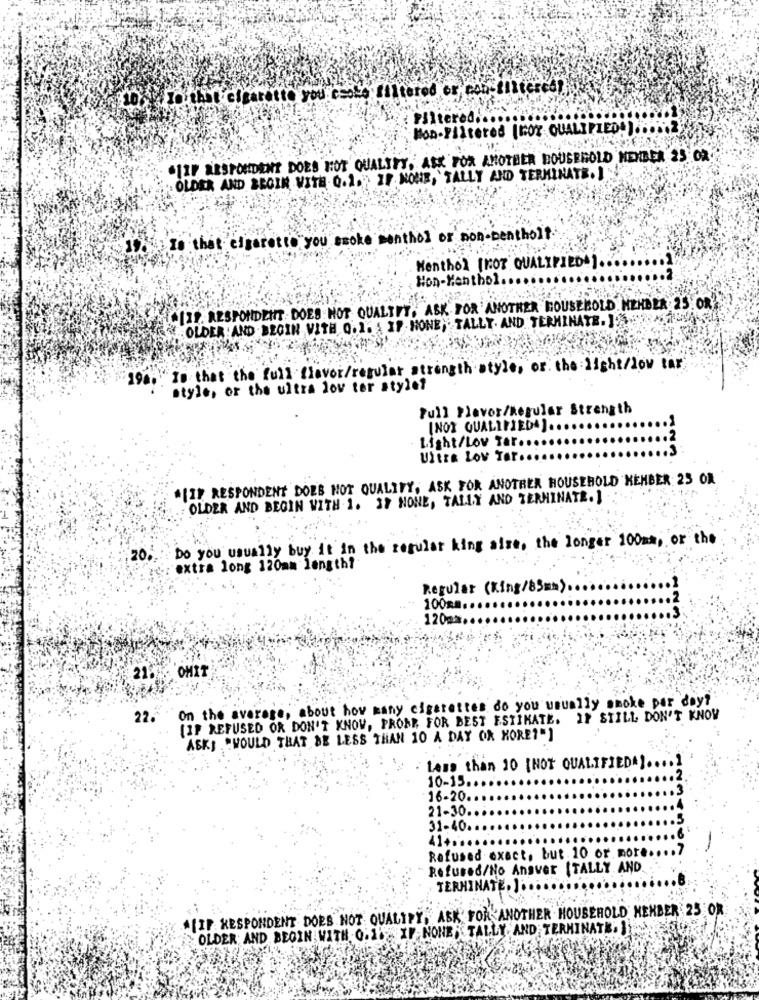
that cigaretto you csele filtered or, con-filtered!
: Filtered .....
Mon-Filtered (Nor QUALIFIED. ) ... 5.2
*IIF ARSPONDENT DOES NOT QUALITY, ASK FOR ANOTHER HOUSEHOLD MEMBER 25 02
OLDER AND BEGIN VITE 0.1. IF NONE, TALLY AND TERMINATE. I
Is that cigaretto you broke menthol or mon-bentholt
Menthol [NOT QUALIFIED].
Hon-Menthol ..
CILT. RESPONDENT DOES NOT QUALIFY, ASK FOR ANOTHER HOUSEHOLD. NEHDER 25 OR
OLDER AND BEGIN WITH 0. 1. { IF NONE, TALLY. AND TERMINATE. JSME
194 .. Is that the full flavor/regular strength style, or the light/low tar
style, or the ultra lov ter style?
Full Flavor/Regular Strength
[NOT QUALIFIEDA) ...
Light/Lov Tar ....
Ultra Lov Tar ..
*[IF RESPONDENT DOES NOT QUALITY, ASK FOR ANOTHER HOUSEHOLD KEMBER 25 OR
OLDER AND BEGIN WITH 1. IF NONE, TALLY AND TERMINATE. }
20. Do you usually buy it in the regular king aire, the longer 100mm, or the
extra long 120mm length?
Regular (King/85mm).
100gm.
120mm.
219 - OHIT
On the average, about how many cigarettes do you usually smoke per day?
22.
. . [IP REFUSED OR DON'T KNOW, PRONE FOR BEST ESTIMATE. IF STILL DON'T KNOW
ASKI ."WOULD THAT BE LESS THAN 10 A DAY OR MORE""]
Less than 10 [NOT QUALIFIEDA]
10-15 ..
16-20.
21-30.
31-40.
41+ ....
Refused exact, but 10 or more
Refused/No Ansvar [TALLY AND.
TERMINATE, 1 ..
*[IP. RESPONDENT DOES NOT QUALIFY, ASK' FOR ANOTHER HOUSEHOLD MEMBER 25 OR
OLDER AND BEGIN WITH O.1. IF NONE;TALLY, AND TERMINATE. J.